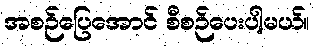
အစဉ်ပြေအောင် စီစဉ်ပေးပါ့မယ်။